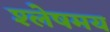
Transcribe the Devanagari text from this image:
श्लेषमय